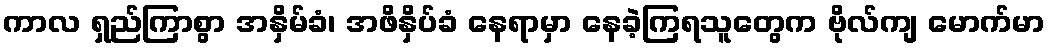
ကာလ ရှည်ကြာစွာ အနှိမ်ခံ၊ အဖိနှိပ်ခံ နေရာမှာ နေခဲ့ကြရသူတွေက ဗိုလ်ကျ မောက်မာ